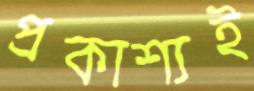
প্রকাশ্যই